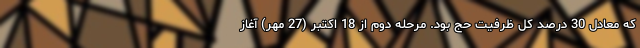
که معادل 30 درصد کل ظرفیت حج بود. مرحله دوم از 18 اکتبر (27 مهر) آغاز